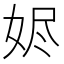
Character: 𮱁